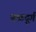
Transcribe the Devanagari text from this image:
नळदूर्ग